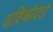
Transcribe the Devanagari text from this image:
अविच्छेदता